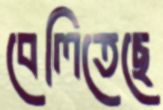
বেলিতেছে